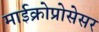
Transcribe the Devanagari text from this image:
माईक्रोप्रोसेसर